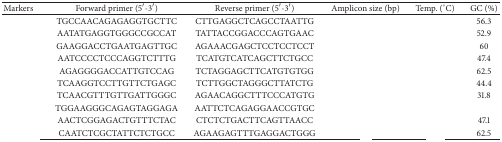
<table><thead><tr><td><b>Markers</b></td><td><b>Forward primer (5′-3′)</b></td><td><b>Reverse primer (5′-3′)</b></td><td><b>Amplicon size (bp)</b></td><td><b>Temp. (°C)</b></td><td><b>GC (%)</b></td></tr></thead><tbody><tr><td>[EMPTY_CELL]</td><td>TGCCAACAGAGAGGTGCTTC</td><td>CTTGAGGCTCAGCCTAATTG</td><td>[EMPTY_CELL]</td><td>[EMPTY_CELL]</td><td>56.3</td></tr><tr><td>[EMPTY_CELL]</td><td>AATATGAGGTGGGCCGCCAT</td><td>TATTACCGGACCCAGTGAAC</td><td>[EMPTY_CELL]</td><td>[EMPTY_CELL]</td><td>52.9</td></tr><tr><td>[EMPTY_CELL]</td><td>GAAGGACCTGAATGAGTTGC </td><td>AGAAACGAGCTCCTCCTCCT</td><td>[EMPTY_CELL]</td><td>[EMPTY_CELL]</td><td>60</td></tr><tr><td>[EMPTY_CELL]</td><td>AATCCCCTCCCAGGTCTTTG</td><td>TCATGTCATCAGCTTCTGCC</td><td>[EMPTY_CELL]</td><td>[EMPTY_CELL]</td><td>47.4</td></tr><tr><td>[EMPTY_CELL]</td><td>AGAGGGGACCATTGTCCAG</td><td>TCTAGGAGCTTCATGTGTGG</td><td>[EMPTY_CELL]</td><td>[EMPTY_CELL]</td><td>62.5</td></tr><tr><td>[EMPTY_CELL]</td><td>TCAAGGTCCTTGTTCTGAGC</td><td>TCTTGGCTAGGGCTTATCTG</td><td>[EMPTY_CELL]</td><td>[EMPTY_CELL]</td><td>44.4</td></tr><tr><td>[EMPTY_CELL]</td><td>TCAACGTTTGTTGATTGGGC</td><td>AGAACAGGCTTTCCCATGTG</td><td>[EMPTY_CELL]</td><td>[EMPTY_CELL]</td><td>31.8</td></tr><tr><td>[EMPTY_CELL]</td><td>TGGAAGGGCAGAGTAGGAGA</td><td>AATTCTCAGAGGAACCGTGC</td><td>[EMPTY_CELL]</td><td>[EMPTY_CELL]</td><td>[EMPTY_CELL]</td></tr><tr><td>[EMPTY_CELL]</td><td>AACTCGGAGACTGTTTCTAC</td><td>CTCTCTGACTTCAGTTAACC</td><td>[EMPTY_CELL]</td><td>[EMPTY_CELL]</td><td>47.1</td></tr><tr><td>[EMPTY_CELL]</td><td>CAATCTCGCTATTCTCTGCC</td><td>AGAAGAGTTTGAGGACTGGG</td><td>[EMPTY_CELL]</td><td>[EMPTY_CELL]</td><td>62.5</td></tr></tbody></table>